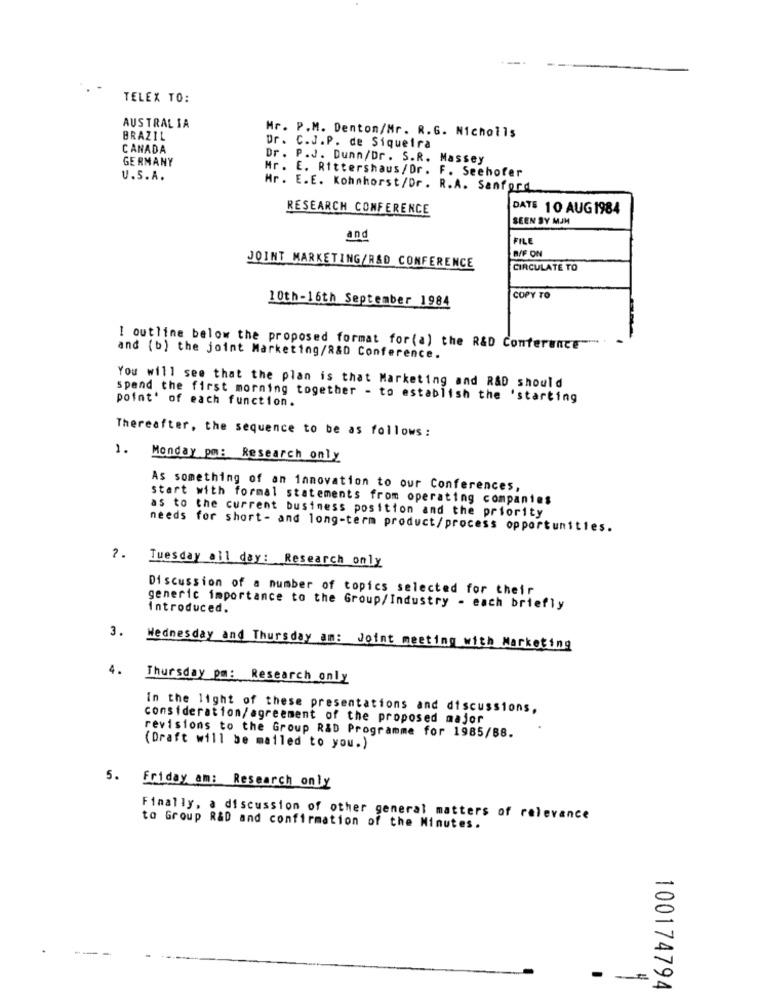
TELEX TO:
AUSTRALIA
Mr. P.M. Denton/Mr. R.G. Nicholls
BRAZIL
CANADA
Dr. C.J.P. de Siqueira
GERMANY
Dr. P.J. Dunn/Dr. S.R. Massey
Mr. E. Rittershaus/Dr. F. Seehofer
U.S.A.
Mr. E.E. Kohmhorst/Dr. R.A. Sanford
RESEARCH CONFERENCE
DATE 10 AUG 1984
SEEN SY MJM
and
FILE
B/F ON
JOINT MARKETING/R&D CONFERENCE
CIRCULATE TO
10th-16th September 1984
COPY TO
I outline below the proposed format for (a) the R&D Conference "
and (b) the joint Marketing/R&D Conference.
You will see that the plan is that Marketing and RAD should
spend the first morning together - to establish the 'starting
point' of each function.
Thereafter, the sequence to be as follows:
1.
Monday pm: Research only
As something of an innovation to our Conferences,
start with formal statements from operating companies
as to the current business position and the priority
needs for short- and long-term product/process opportunities.
?.
Tuesday all day: Research only
Discussion of a number of topics selected for their
generic importance to the Group/Industry - each briefly
Introduced.
3.
Wednesday and Thursday am: Joint meeting with Marketing
4.
Thursday po: Research only
In the light of these presentations and discussions,
consideration/agreement of the proposed major
revisions to the Group R&D Programme for 1985/88.
(Draft will be mailed to you.)
5. Friday am: Research only
Finally, a discussion of other general matters of relevance
to Group R&D and confirmation of the Minutes.
100174794